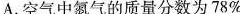
A.空气中氮气的质量分数为78%